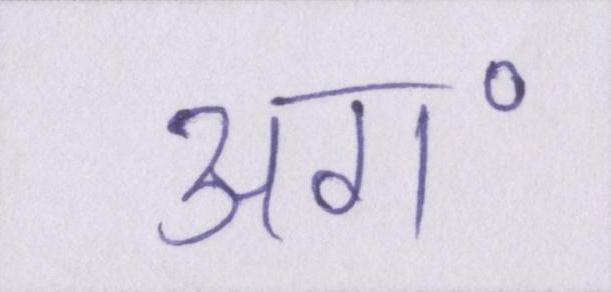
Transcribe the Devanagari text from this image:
अग॰